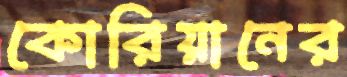
কোরিয়ানের